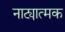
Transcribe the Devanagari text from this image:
नाट्यात्मक